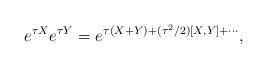
LaTeX: \begin{align*}e^{\tau X}e^{\tau Y} = e^{\tau (X+Y)+(\tau^2/2)[X,Y]+\cdots},\end{align*}